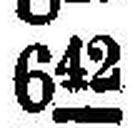
642